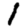
Digit: 1